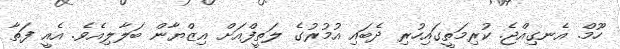
ހޫމް. އެނގިއްޖެ. ކުރިމަތީގައިހުރި ދެބައި އުމުރުގެ ލަތީފްއަށް އިޒްޔާން ބަލާލިއެވެ. އެއީ ފަތާ